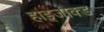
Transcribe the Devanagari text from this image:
हाइजाक्ड